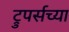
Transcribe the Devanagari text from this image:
ट्रुपर्सच्या